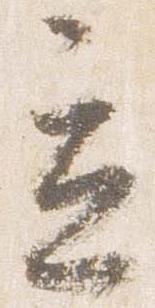
立